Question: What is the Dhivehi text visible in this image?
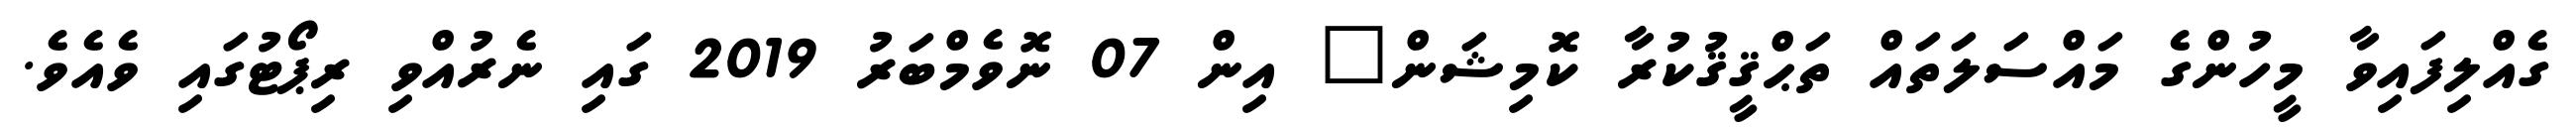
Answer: ގެއްލިފައިވާ މީހުންގެ މައްސަލަތައް ތަޙްޤީޤުކުރާ ކޮމިޝަން" އިން 07 ނޮވެމްބަރު 2019 ގައި ނެރުއްވި ރިޕޯޓުގައި ވެއެވެ.